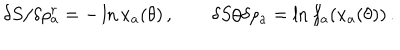
\delta S / \delta \rho _ { a } ^ { r } = - \ln x _ { a } ( \theta ) \, , \qquad \delta S / \delta \rho _ { a } = \ln f _ { a } ( x _ { a } ( \theta ) ) \, .